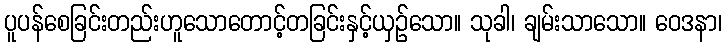
ပူပန်စေခြင်းတည်းဟူသောတောင့်တခြင်းနှင့်ယှဉ်သော။ သုခါ၊ ချမ်းသာသော။ ဝေဒနာ၊